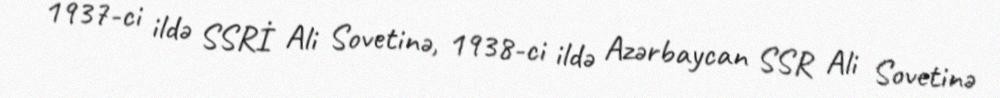
1937-ci ildə SSRİ Ali Sovetinə, 1938-ci ildə Azərbaycan SSR Ali Sovetinə